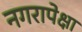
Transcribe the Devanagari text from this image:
नगरापेक्षा